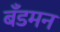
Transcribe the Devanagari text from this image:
बँडमन